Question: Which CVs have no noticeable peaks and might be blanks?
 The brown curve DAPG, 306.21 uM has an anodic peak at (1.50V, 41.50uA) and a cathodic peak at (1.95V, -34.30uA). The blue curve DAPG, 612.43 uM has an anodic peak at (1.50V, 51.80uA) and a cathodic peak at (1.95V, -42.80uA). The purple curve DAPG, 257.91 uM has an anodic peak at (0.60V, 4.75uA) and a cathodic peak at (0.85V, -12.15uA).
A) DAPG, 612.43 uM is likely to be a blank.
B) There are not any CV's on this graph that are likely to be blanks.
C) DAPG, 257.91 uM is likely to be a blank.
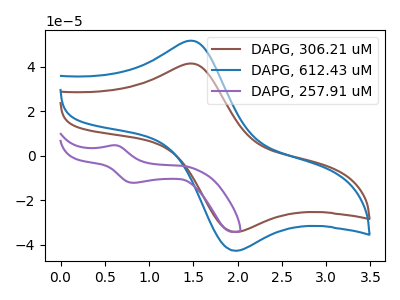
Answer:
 <answer>B) There are not any CV's on this graph that are likely to be blanks.</answer>
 <eval>B</eval>